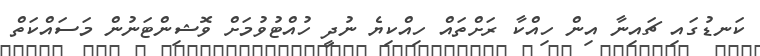
ކަނޑުގައި ޗައިނާ އިން ހިއްކާ ރަށްތައް ހިއްކިޔެ ނުދީ ހުއްޓުވުމަށް ވޮޝިންޓަނުން މަސައްކަތް